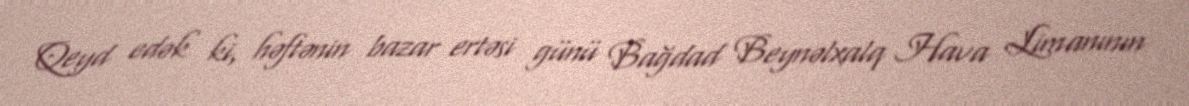
Qeyd edək ki, həftənin bazar ertəsi günü Bağdad Beynəlxalq Hava Limanının